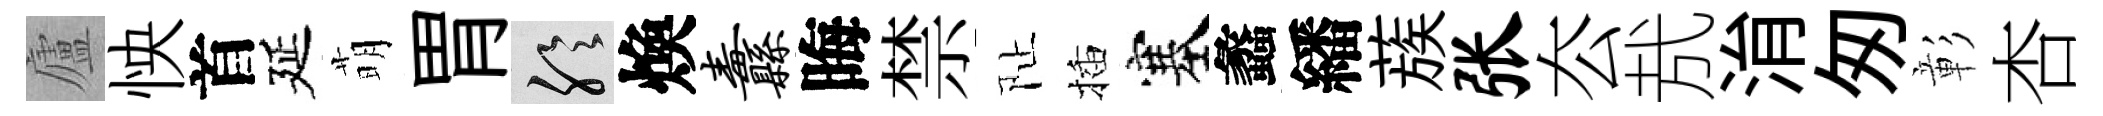
廬怏首延萌胃聆煥纛晦禁阯插塞蠡繙蔟张厺㢤㳙匆彰杏